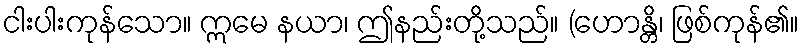
ငါးပါးကုန်သော။ ဣမေ နယာ၊ ဤနည်းတို့သည်။ (ဟောန္တိ၊ ဖြစ်ကုန်၏။